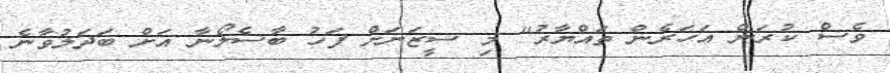
ވެސް ކުރަން އަހަރެން ތައްޔާރު" މި ސީޒަނަށް ފަހު ބާސެލޯނާ އަށް ބަދަލުވާނެ